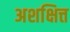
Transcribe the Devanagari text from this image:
अशक्षित्त